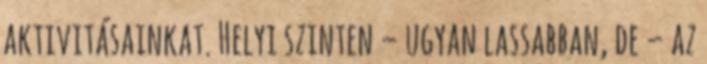
aktivitásainkat. Helyi szinten – ugyan lassabban, de – az